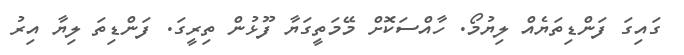
ގައިގަ ފަންޑިތަޔެއް ލިޔުމޯ. ހާއްސަކޮށް މޭމަތީގަޔާ ފޫޅުން ތިރީގަ. ފަންޑިތަ ލިޔާ އިރު